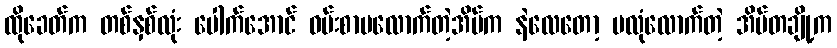
ထိုခေတ်က တစ်နှစ်လုံး ပေါက်အောင် ဝမ်းစာမလောက်တဲ့အိမ်က နဲလေတော့ မလုံလောက်တဲ့ အိမ်တချို့က